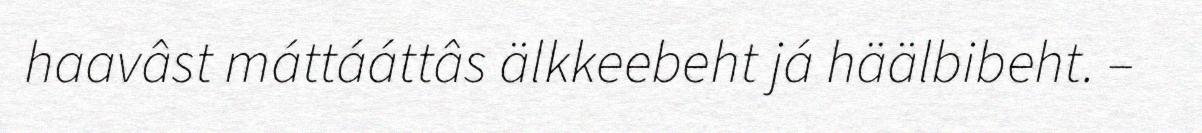
haavâst máttááttâs älkkeebeht já häälbibeht. –